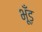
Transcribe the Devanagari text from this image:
भूँड़